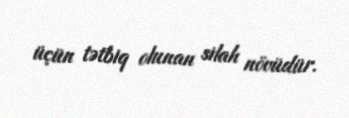
üçün tətbiq olunan silah növüdür.